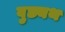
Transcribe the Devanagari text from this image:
वुछ्यथ